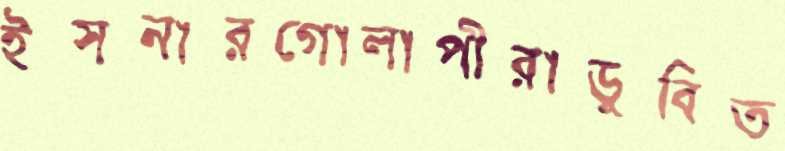
ইসনারগোলাপীরাডুবিত